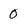
Character: 0